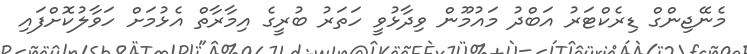
މެނޭޖިންގް ޑިރެކްޓަރު އަބްދު މައުމޫން ވިދާޅުވީ ހަތަރު ބުރީގެ އިމާރާތް އެޅުމަށް ހަވާލުކޮށްފައި